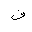
Letter: _fa